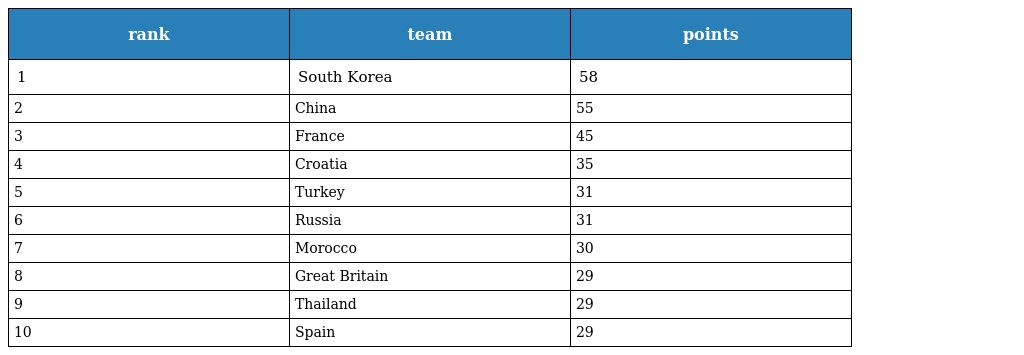
| rank | team | points |
 | --- | --- | --- |
 | 1 | South Korea | 58 |
 | 2 | China | 55 |
 | 3 | France | 45 |
 | 4 | Croatia | 35 |
 | 5 | Turkey | 31 |
 | 6 | Russia | 31 |
 | 7 | Morocco | 30 |
 | 8 | Great Britain | 29 |
 | 9 | Thailand | 29 |
 | 10 | Spain | 29 |